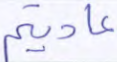
عاديتم